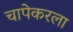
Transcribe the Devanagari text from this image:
चापेकरला